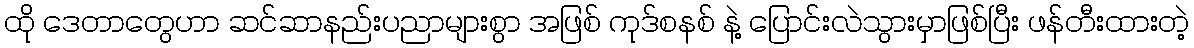
ထို ဒေတာတွေဟာ ဆင်ဆာနည်းပညာများစွာ အဖြစ် ကုဒ်စနစ် နဲ့ ပြောင်းလဲသွားမှာဖြစ်ပြီး ဖန်တီးထားတဲ့